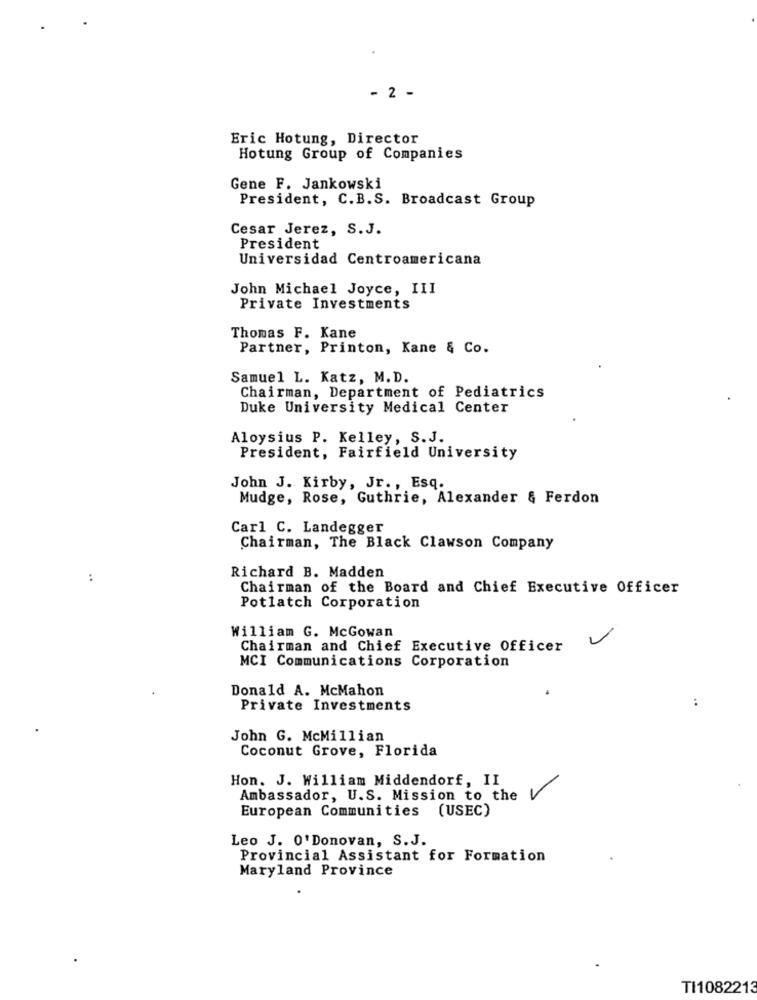
- 2 -
Eric Hotung, Director
Hotung Group of Companies
Gene F. Jankowski
President, C.B.S. Broadcast Group
Cesar Jerez, S.J.
President
Universidad Centroamericana
John Michael Joyce, III
Private Investments
Thomas F. Kane
Partner, Printon, Kane & Co.
Samuel L. Katz, M.D.
Chairman, Department of Pediatrics
Duke University Medical Center
Aloysius P. Kelley, S.J.
President, Fairfield University
John J. Kirby, Jr ., Esq.
Mudge, Rose, Guthrie, Alexander & Ferdon
Carl C. Landegger
Chairman, The Black Clawson Company
Richard B. Madden
:
Chairman of the Board and Chief Executive Officer
Potlatch Corporation
William G. McGowan
Chairman and Chief Executive Officer
MCI Communications Corporation
Donald A. McMahon
Private Investments
..
John G. McMillian
Coconut Grove, Florida
Hon. J. William Middendorf, II
Ambassador, U.S. Mission to the V
European Communities (USEC)
Leo J. O'Donovan, S. J.
Provincial Assistant for Formation
Maryland Province
TI1082213